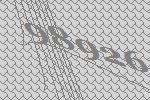
98926